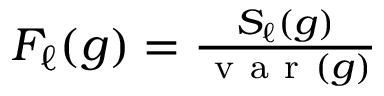
\begin{array} { r } { F _ { \ell } ( g ) = \frac { S _ { \ell } ( g ) } { \mathrm { ~ v ~ a ~ r ~ } ( g ) } } \end{array}